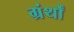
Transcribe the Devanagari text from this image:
ग्रंर्थों